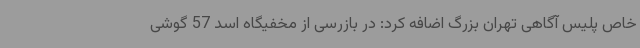
خاص پلیس آگاهی تهران بزرگ اضافه کرد: در بازرسی از مخفیگاه اسد 57 گوشی